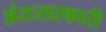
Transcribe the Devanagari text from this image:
अंतःसरकारी